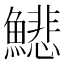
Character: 𩻺